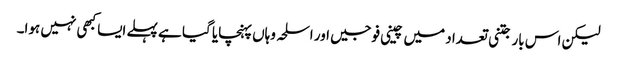
لیکن اس بار جتنی تعداد میں چینی فوجیں اور اسلحہ وہاں پہنچایا گیا ہے پہلے ایسا کبھی نہیں ہوا۔